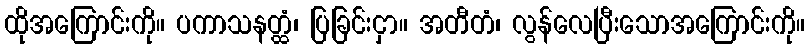
ထိုအကြောင်းကို။ ပကာသနတ္ထံ၊ ပြခြင်းငှာ။ အတီတံ၊ လွန်လေပြီးသောအကြောင်းကို။